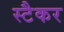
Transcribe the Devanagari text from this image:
स्टैकर